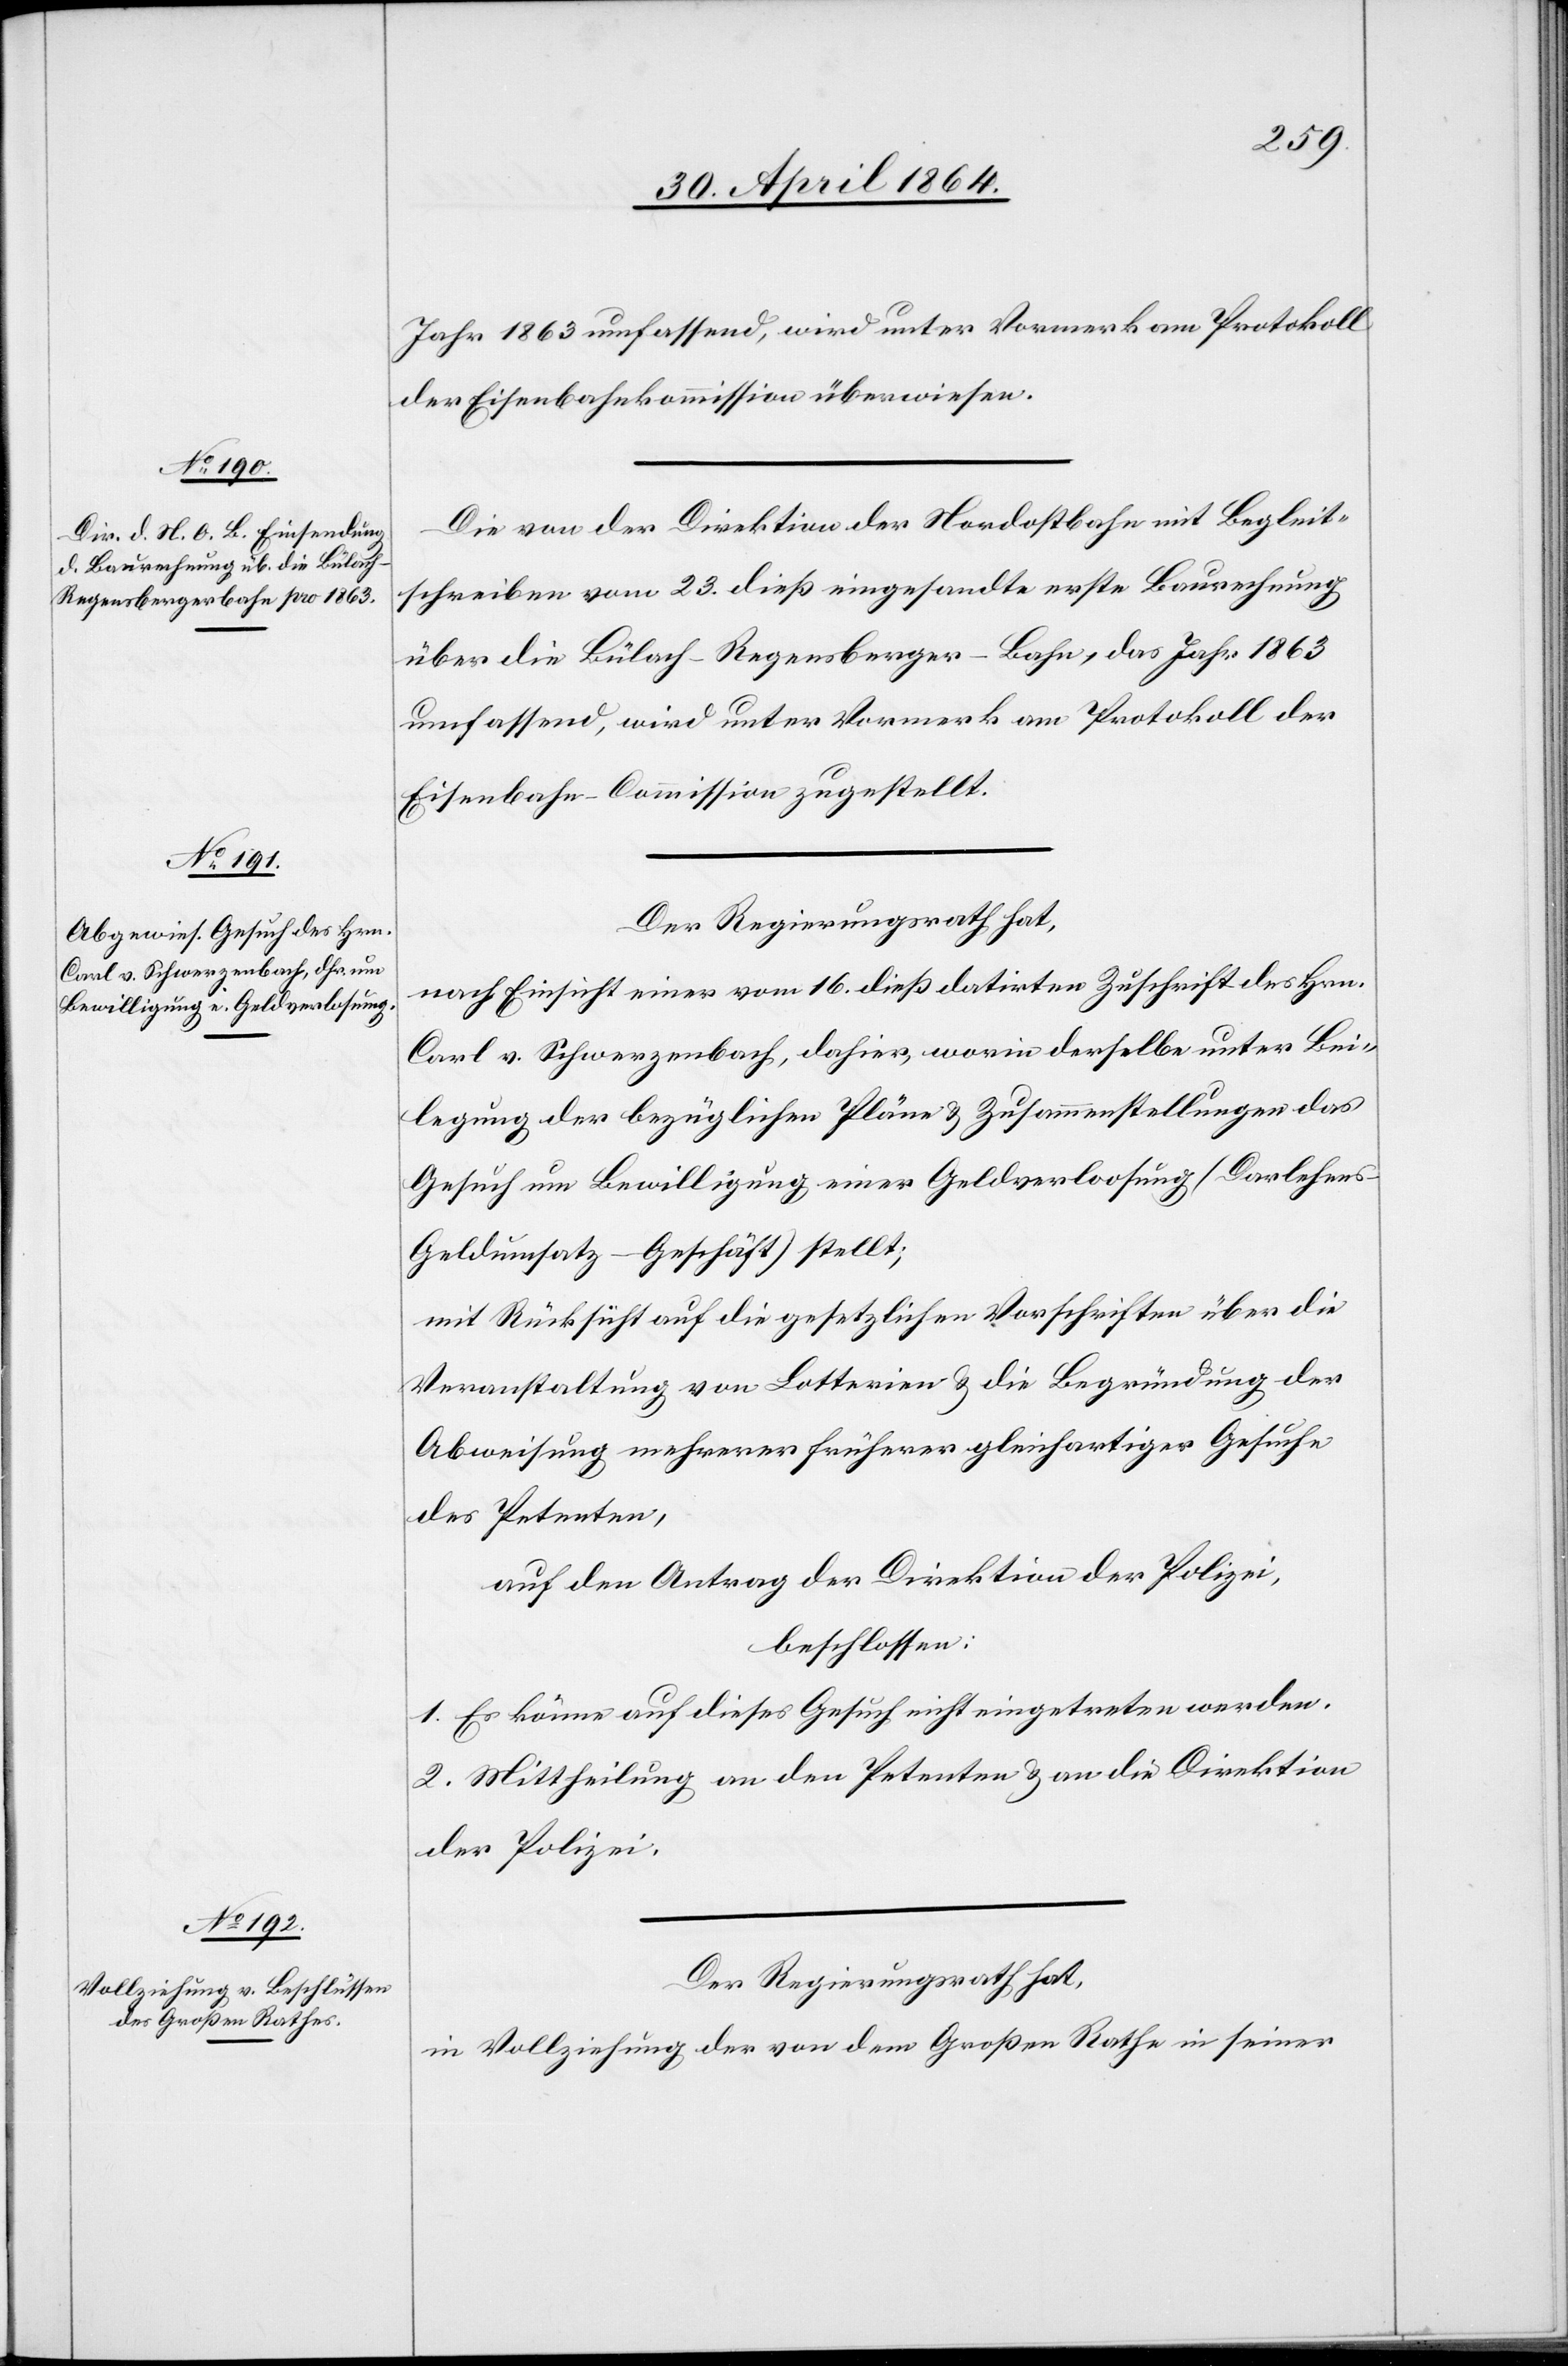
Jahr 1863 umfassend, wird unter Vormerk am Protokoll
der Eisenbahnkommission überwiesen.
Die von der Direktion der Nordostbahn mit Begleit¬
schreiben vom 23. dieß eingesandte erste Baurechnung
über die Bülach – Regensberger–Bahn, das Jahr 1863
umfassend, wird unter Vormerk am Protokoll der
Eisenbahn-Commission zugestellt.
Der Regierungsrath hat,
nach Einsicht einer vom 16. dieß datirten Zuschrift des Hrn.
Carl v. Schwerzenbach, dahier, worin derselbe unter Bei¬
legung der bezüglichen Pläne u. Zusammenstellungen das
Gesuch um Bewilligung einer Geldverloosung (Darlehen¬
s-Geldumsatz-Geschäft) stellt;
mit Rücksicht auf die gesetzlichen Vorschriften über die
Veranstaltung von Lotterien u. die Begründung der
Abweisung mehrerer früherer gleichartiger Gesuche
des Petenten,
auf den Antrag der Direktion der Polizei,
beschlossen:
1. Es könne auf dieses Gesuch nicht eingetreten werden.
2. Mittheilung an den Petenten u. an die Direktion
der Polizei.
Der Regierungsrath hat,
in Vollziehung der von dem Großen Rathe in seiner